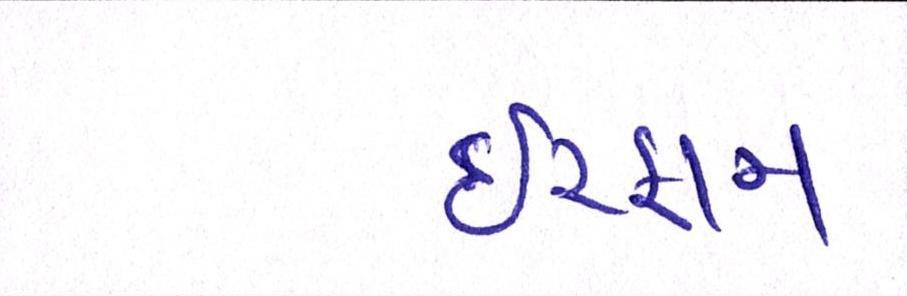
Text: ઈરફાન